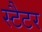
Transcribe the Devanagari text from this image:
स्टैटर